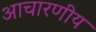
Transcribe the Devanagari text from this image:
आचारणीय